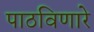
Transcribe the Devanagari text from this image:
पाठविणारे